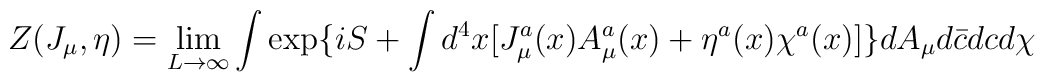
Z(J_{\mu}, \eta)= \lim_{L \rightarrow \infty} \int \exp \{iS+ \int d^4x[J_{\mu}^a(x)A_{\mu}^a(x)+ \eta^a(x) \chi^a(x)] \}dA_{\mu}d \bar{c}dc d \chi